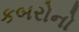
કબરોનો